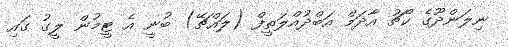
ނިލަންދޫގެ ކޯޗު އާދަމް އަބްދުއްލަތީފް (ލައްޗޭ) ބުނީ އެ ޓީމުން ލީގު ގައި